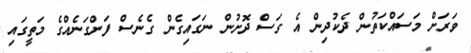
ވަރަށް މަސައްކަތުން ދެކުދިން އެ ގަސް ދޮށުން ނަގައިގެން ގެނެސް ފަންގަނެއްގެ މަތީގައި